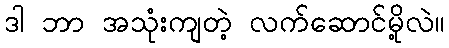
ဒါ ဘာ အသုံးကျတဲ့ လက်ဆောင်မို့လဲ။